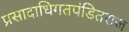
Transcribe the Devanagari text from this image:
प्रसादाधिगतपंडितराज